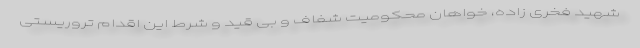
شهید فخری زاده، خواهان محکومیت شفاف و بی قید و شرط این اقدام تروریستی